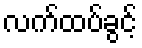
လက်ထပ်ခွင့်